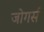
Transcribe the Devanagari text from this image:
जोगर्स